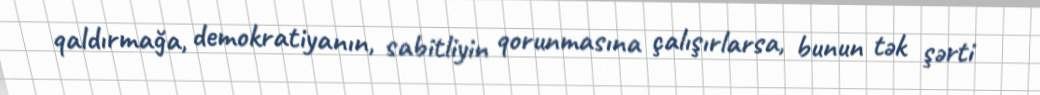
qaldırmağa, demokratiyanın, sabitliyin qorunmasına çalışırlarsa, bunun tək şərti